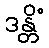
ဒန္တိံ